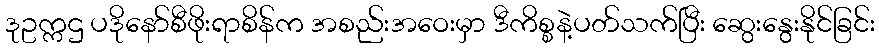
ဒုဥက္ကဌ ပဒိုနော်စီဖိုးရာစိန်က အစည်းအဝေးမှာ ဒီကိစ္စနဲ့ပတ်သက်ပြီး ဆွေးနွေးနိုင်ခြင်း